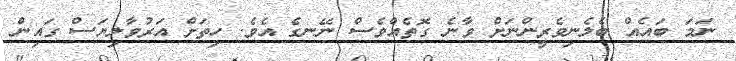
ނަމަ ބައެއް ބެލެނިވެރީންނަށް ވާނެ ގޮތެއްވެސް ނޭނގެ އެވެ. ހިތަށް އަރުވާލިޔަސް ގައިން